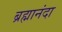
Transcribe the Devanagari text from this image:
ब्रह्मानंदा